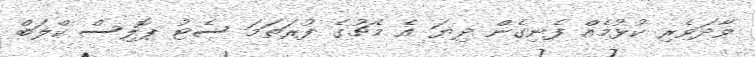
ވާދަވެރި ކުޅުމެއް ފެނިގެން ދިޔަ އެ މެޗުގެ ފުރަތަމަ ސެޓު ޕޮލިސް ކްލަބް